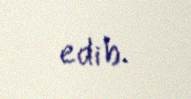
edib.